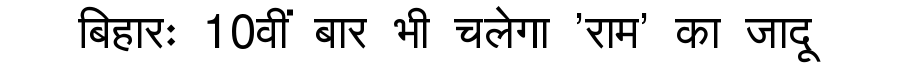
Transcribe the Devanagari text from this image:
बिहारः 10वीं बार भी चलेगा 'राम' का जादू